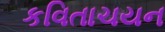
કવિતાચયન